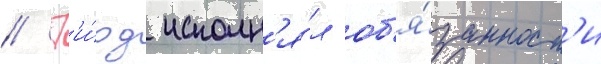
// Г'и́рд исполн'я́л об'я́занност'и